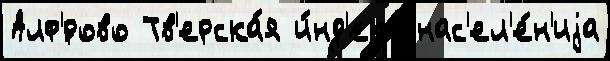
Алф'́рово Тв'ерска́я и́нд'екс нас'ел'е́н'иjа